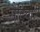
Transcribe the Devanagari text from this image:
सैटिवा।